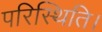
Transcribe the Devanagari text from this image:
परिस्थिति।